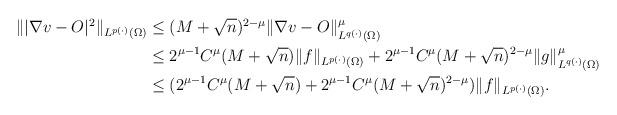
LaTeX: \begin{align*}\begin{aligned}\||\nabla v-O|^2\|_{L^{p(\cdot)}(\Omega)}&\le (M+\sqrt{n})^{2-\mu}\|\nabla v-O\|_{L^{q(\cdot)}(\Omega)}^\mu\\&\le 2^{\mu-1}C^\mu(M+\sqrt{n})\|f\|_{L^{p(\cdot)}(\Omega)}+2^{\mu-1}C^\mu(M+\sqrt{n})^{2-\mu}\|g\|^\mu_{L^{q(\cdot)}(\Omega)}\\&\le (2^{\mu-1}C^\mu(M+\sqrt{n})+2^{\mu-1}C^\mu(M+\sqrt{n})^{2-\mu})\|f\|_{L^{p(\cdot)}(\Omega)}.\end{aligned}\end{align*}